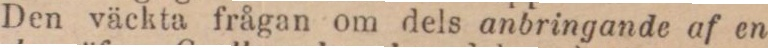
Den väckta frågan om dels anbringande af en